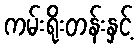
ကမ်းရိုးတန်းနှင့်